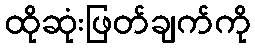
ထိုဆုံးဖြတ်ချက်ကို